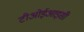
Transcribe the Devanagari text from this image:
टीओईआइसी